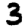
Digit: 3